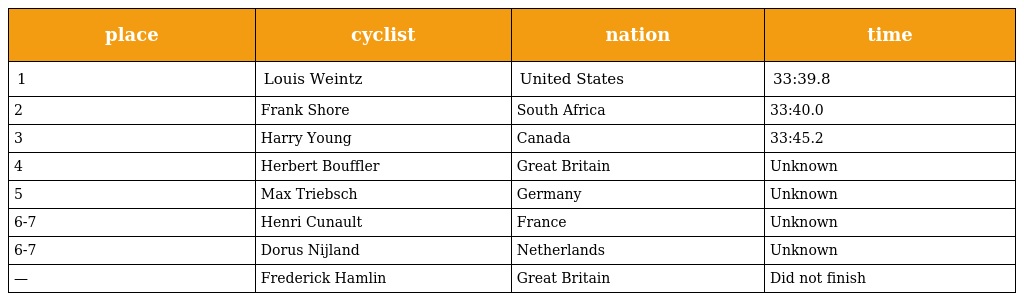
| place | cyclist | nation | time |
 | --- | --- | --- | --- |
 | 1 | Louis Weintz | United States | 33:39.8 |
 | 2 | Frank Shore | South Africa | 33:40.0 |
 | 3 | Harry Young | Canada | 33:45.2 |
 | 4 | Herbert Bouffler | Great Britain | Unknown |
 | 5 | Max Triebsch | Germany | Unknown |
 | 6-7 | Henri Cunault | France | Unknown |
 | 6-7 | Dorus Nijland | Netherlands | Unknown |
 | — | Frederick Hamlin | Great Britain | Did not finish |